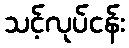
သင့်လုပ်ငန်း